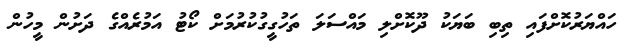
ހައްޔަރުކޮށްފައި ތިބި ބަޔަކު ދޫކޮށްލި މައްސަލަ ތަހުގީގުކުރުމަށް ކޯޓު އަމުރެއްގެ ދަށުން މީހުން